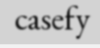
casefy